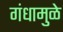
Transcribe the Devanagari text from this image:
गंधामुळे